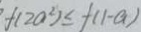
f ( 2 a ^ { 2 } ) \leq f ( 1 - a )